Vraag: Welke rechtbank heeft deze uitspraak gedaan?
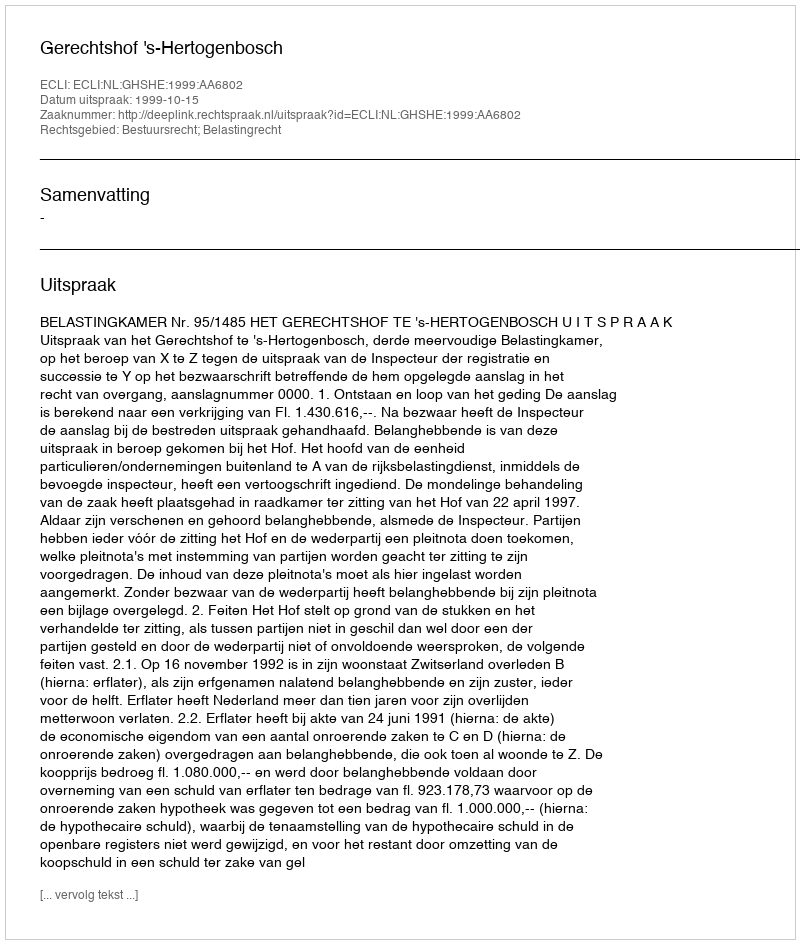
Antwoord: Gerechtshof 's-Hertogenbosch